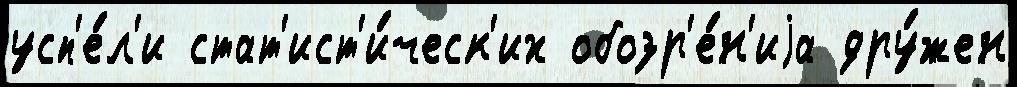
усп'е́л'и стат'ист'и́ческ'их обозр'е́н'иjа дру́жен